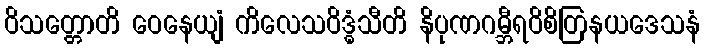
ဝိသတ္တောတိ ဝေနေယျံ ကိလေသဝိဒ္ဓံသီတိ နိပုဏဂမ္ဘီရဝိစိတြနယဒေသနံ